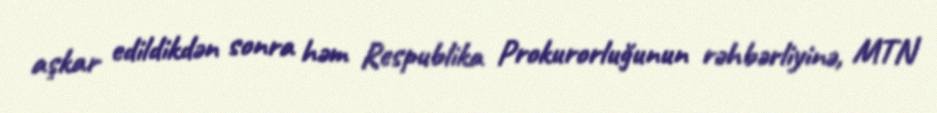
aşkar edildikdən sonra həm Respublika Prokurorluğunun rəhbərliyinə, MTN